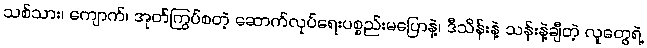
သစ်သား၊ ကျောက်၊ အုတ်ကြွပ်စတဲ့ ဆောက်လုပ်ရေးပစ္စည်းမပြောနဲ့၊ ဒီသိန်းနဲ့ သန်းနဲ့ချီတဲ့ လူတွေရဲ့